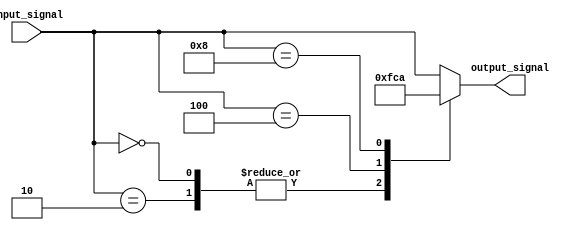
module behavioral_modeling (
  input [3:0] input_signal,
  output reg [3:0] output_signal
);

always @* begin
  case (input_signal)
    4'b0000, 4'b0010: // Don't care cases
      output_signal <= 4'b1111;
    4'b0100:
      output_signal <= 4'b1100;
    4'b1000:
      output_signal <= 4'b1010;
    default:
      output_signal <= input_signal;
  endcase
end

endmodule